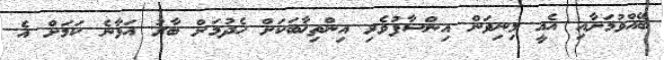
ބޭއްވުމަށާއި އެއީ މިނިވަން އިންސާފުވެރި އިންތިޚާބަކަށް ހެދުމަށް ބާރު އަޅާނެ ކަމަށް އެ